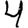
Digit: 4